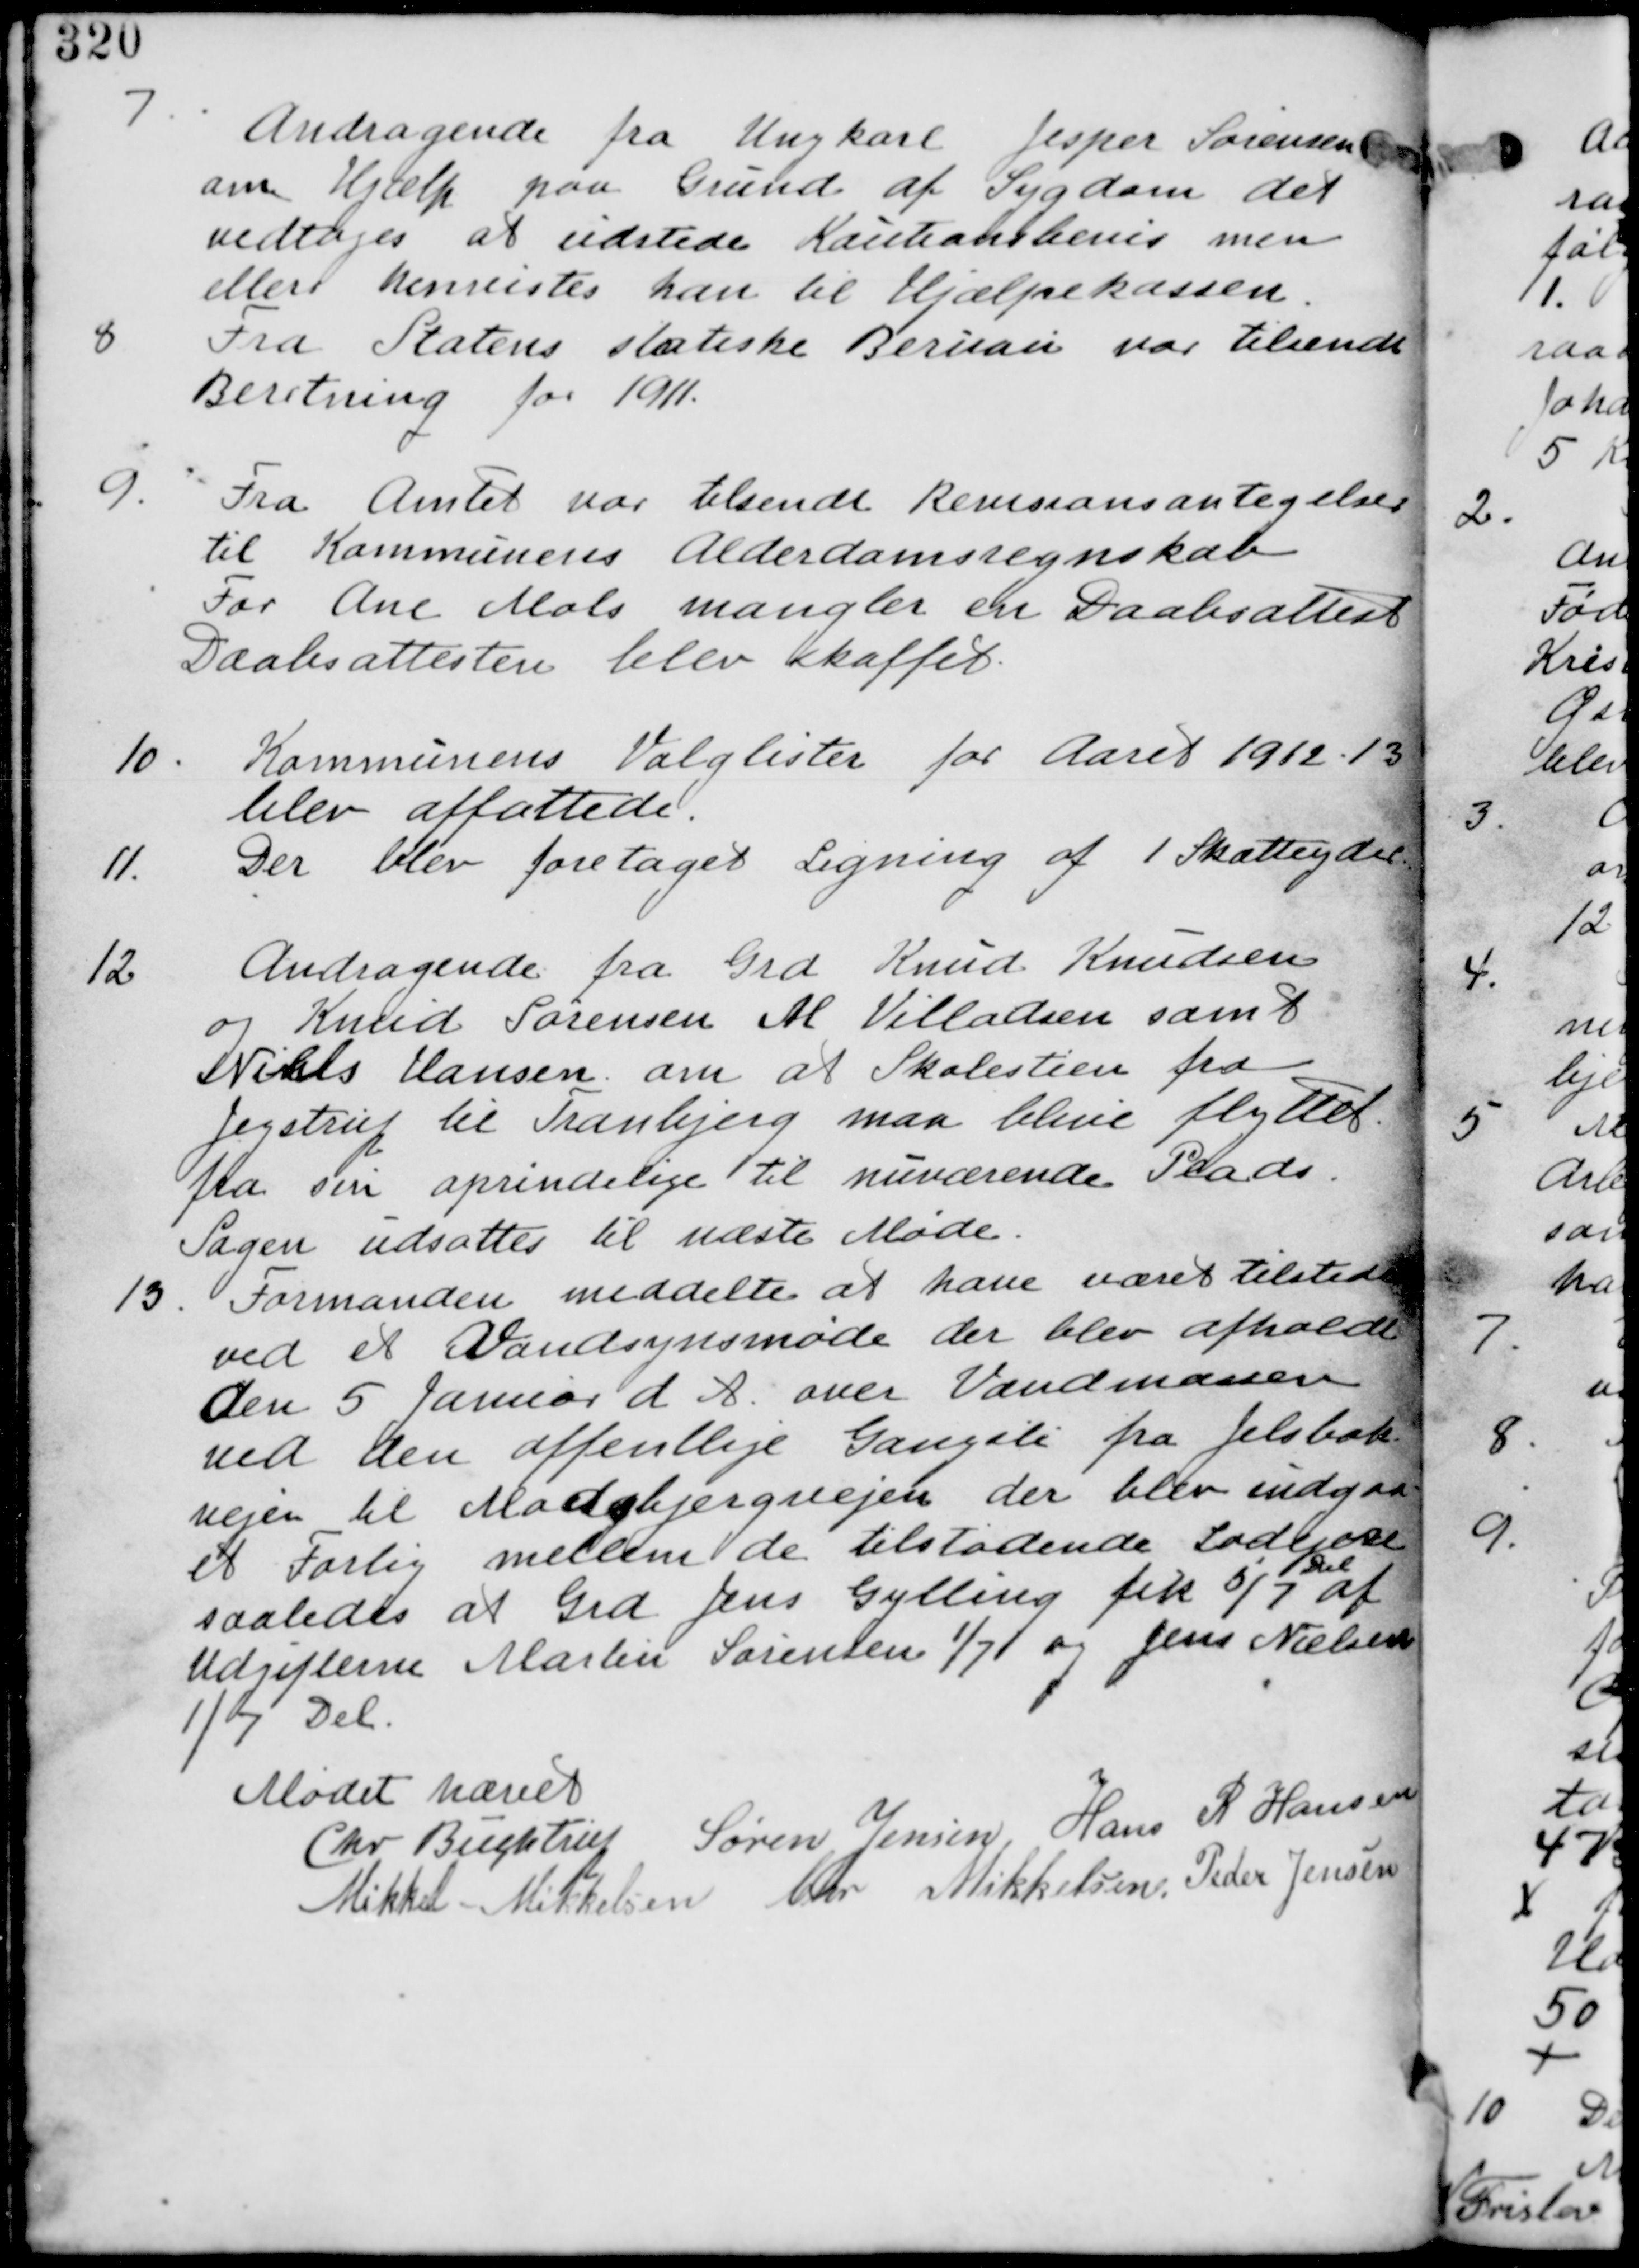
Transskription:
7. Andragende fra Ungkarl Jesper Sørensen
om hjælp paa Grund af Sygdom det
vedtages at udstede Kontraktbevis men
ellers henvistes til Hjælpekassen

8. Fra Statens statiske Beruau var tilsendt
Beretning for 1911.

9. Fra Amtet var tilsendt Revisionsantegnelser
til Kommunens Alderdomsregnskab
For Ane Mols mangler en Daabsattest
Daabsattesten blev skaffet

10. Kommunens Valglister for Aaret 1912-13
blev affattede.

11. Der blev foretaget Ligning af 1 Skatteyder.

12. Andragende fra Grd Knud Knudsen
og Knud Sørensen M. Villadsen samt
Niels Hansen om at Skolestien fra
Jegstrup til Tranbjerg maa blive flyttet
fra sin oprindelige til nuværende Plads
Sagen blev udsat til næste møde.

13. Formanden meddelte at have været til stede
ved et Vandsynsmøde der blev afholdt
den 5 Januar d A. over Vandmassen
ved den offentlige Gangsti fra Jelsbak
vejen til Madsbjergvejen der blev indgaaet
et Forlig mellem de tilstødende Lodsejere
saaledes at Grd Jens Gylling fik 5/7
Del
af
Udgifterne Martin Sørensen 1/7 og Jens Nielsen
1/7 Del.

Mødet hævet

Chr Buchstrup Søren Jensen Hans R Hansen

Mikkel Mikkelsen Chr Mikkelsen Peder Jensen